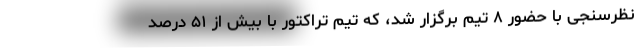
نظرسنجی با حضور ۸ تیم برگزار شد، که تیم تراکتور با بیش از ۵۱ درصد